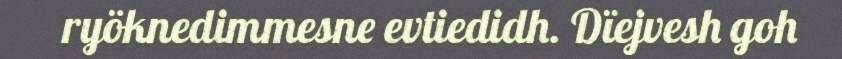
ryöknedimmesne evtiedidh. Dïejvesh goh